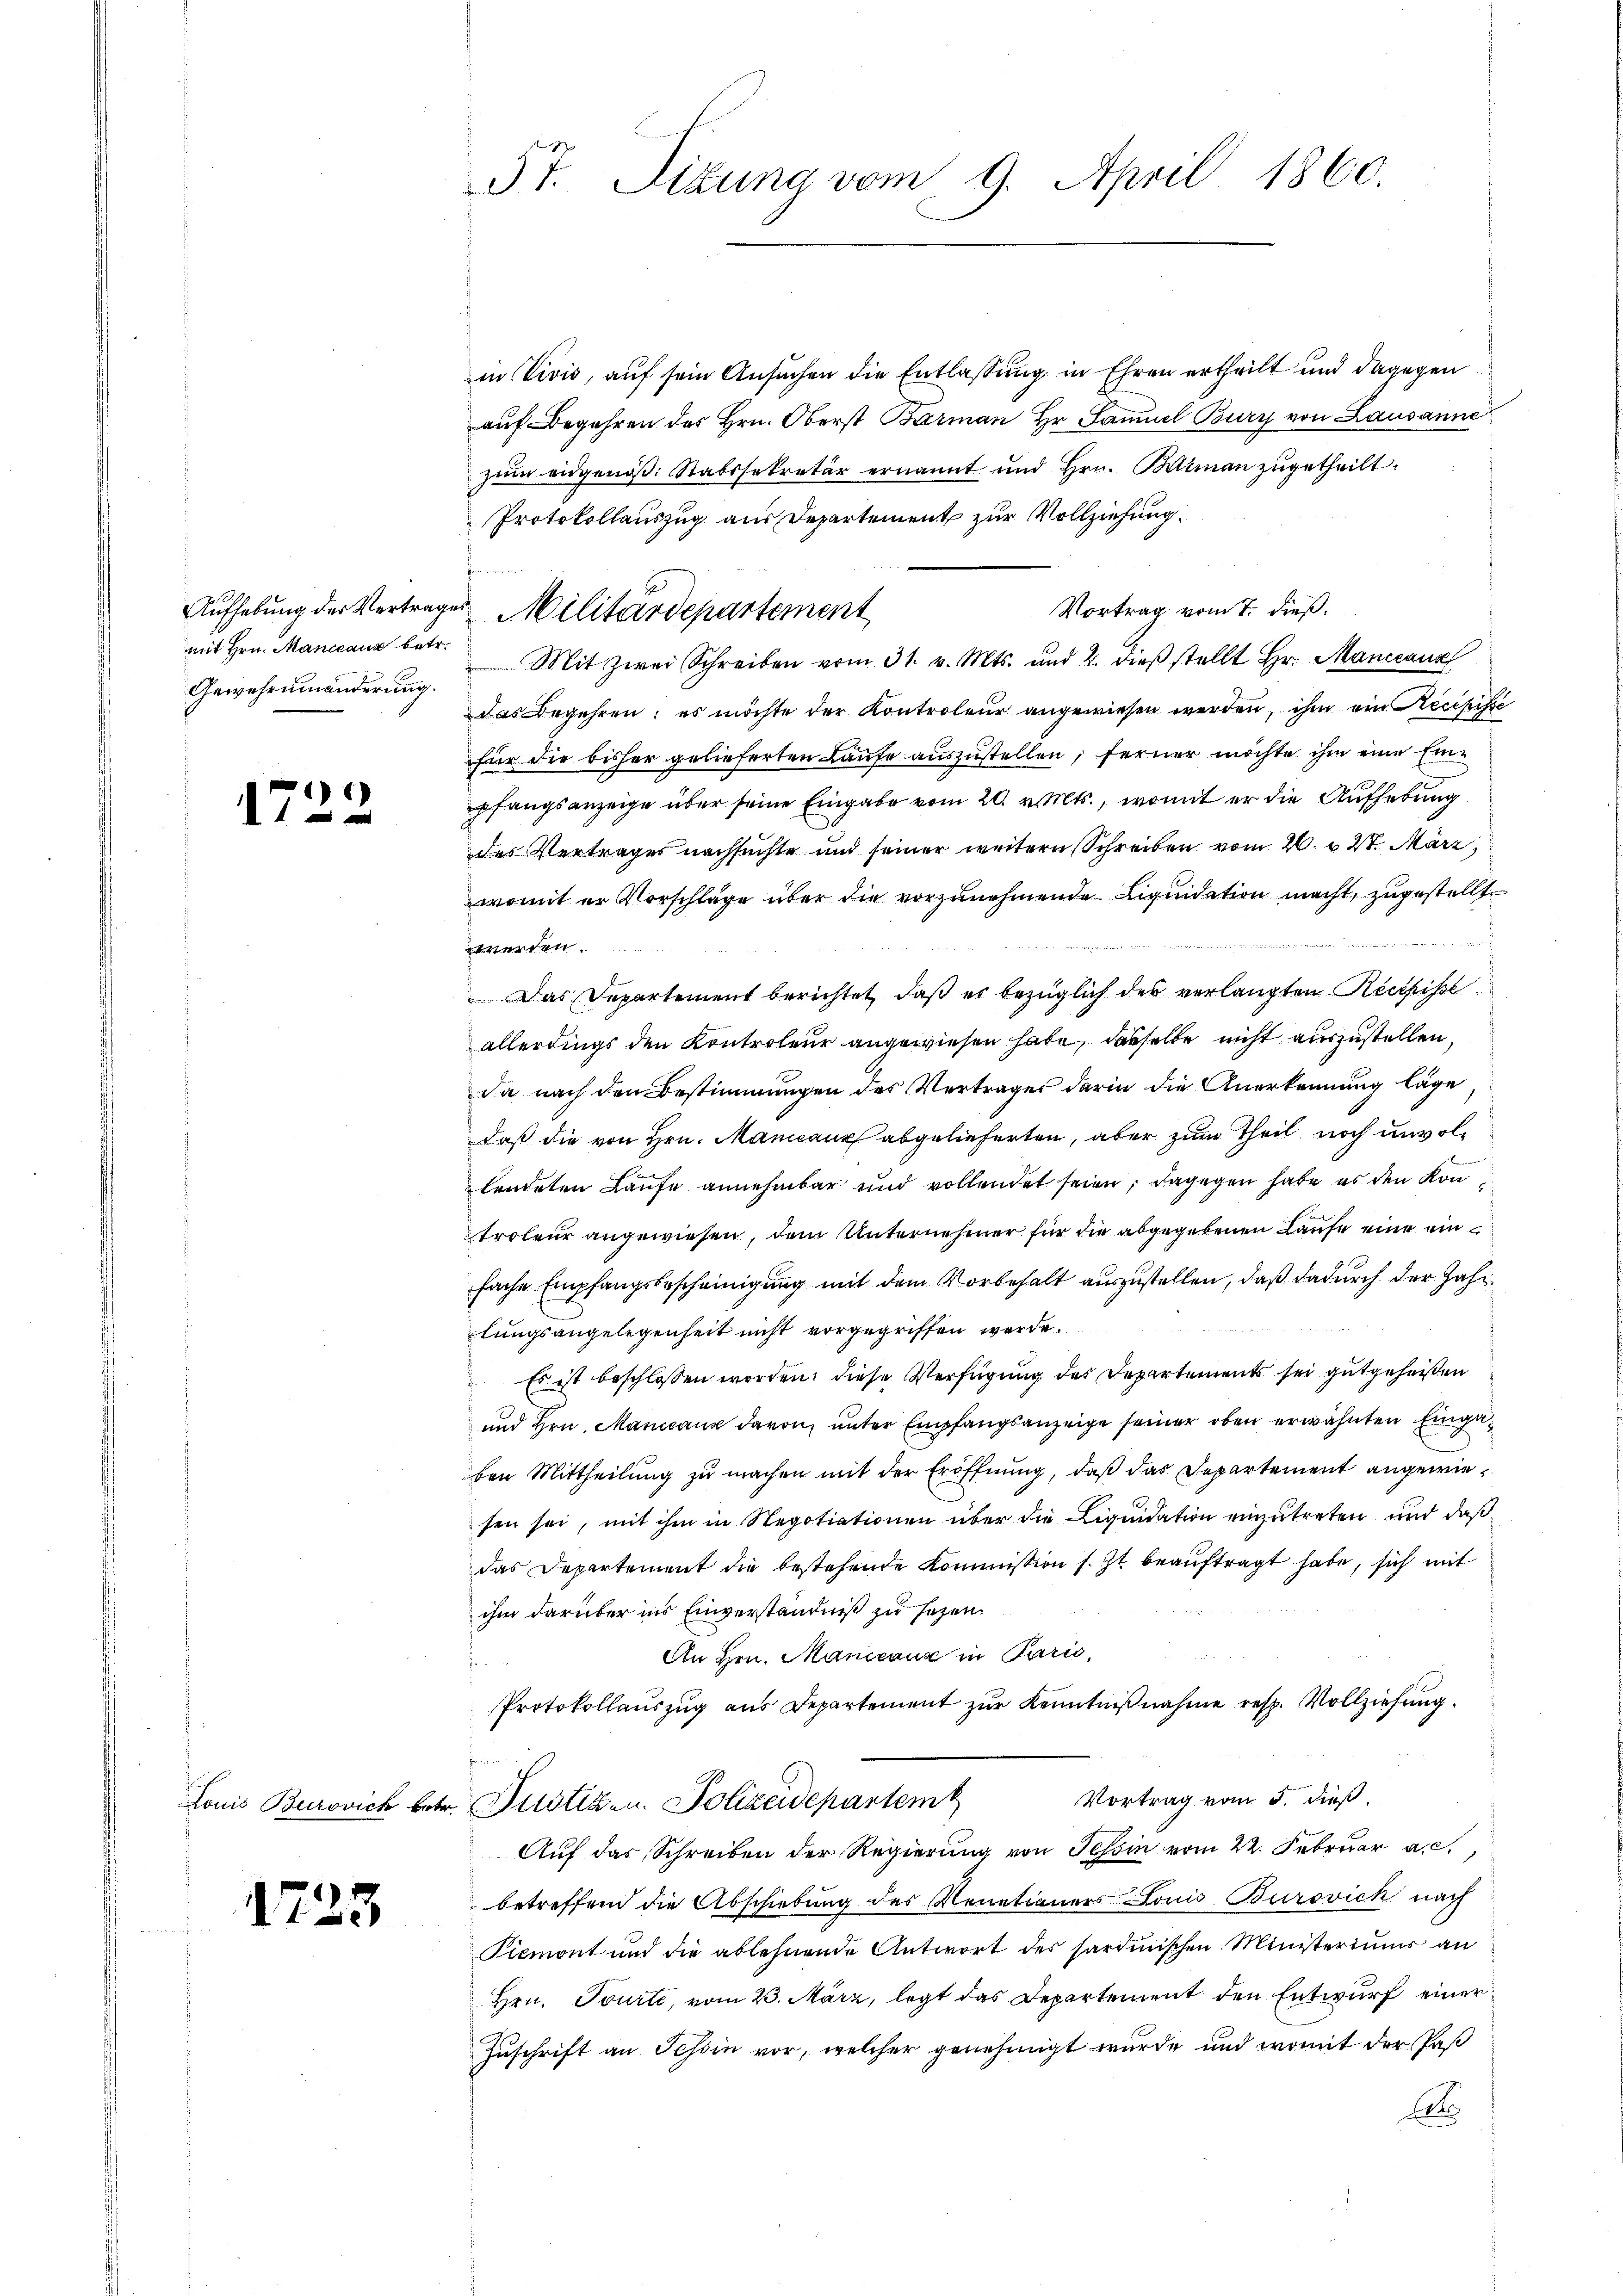
mit Hrn. Manccauz betr.
Gewehreinanderung.

e
1 f 0 x

1723

5t. Sitŭng vom 9. April 1860.

in Vivis, auf sein Ansuchen die Entlassung in Ehren ertheilt und dagegen
auf Begehren des Hrn. Oberst Barman Hr. Samuel Bury von Lausanne
zum eidgenöß: Stabssekretär ernannt und Hrn. Bisman zugetheilt.
Protokollauszug aus Departement zur Vollziehung.
Vortrag vom 7. dieß.
Mit zwei Schreiben vom 31. v. Mts. und 2. dieβ stellt Hr. Manicauz
das Begehren; es möchte der Kontroleur angewiesen werden, ihm ein Recepisse
für die bisher gelieferten Laufe auszustellen; ferner möchte ihm eine Einpfangsanzeige über seine Eingabe vom 20. v. Mts., womit er die Aufhebung
des Vertrages nachsuchte und seiner weitern Schreiben vom 26. v. 27. März
womit er Vorschläge über die vorzunehmende Liquidation macht, zugestellt.
. 1873
werden.
Das Departement berichtet, daß es bezüglich des verlangten Recepisse
allerdings den Kontroleur angewiesen habe, dasselbe nicht auszustellen,
da nach den Bestimmungen des Vertrages darin die Anerkennung läge,
daß die von Hrn. Mancanz abgelieferten, aber zum Theil noch unvollendeten Laufe annehmbar und vollendet seien; dagegen habe es den Konroleur angewiesen, dem Unternehmer für die abgegebenen Laufe eine einfache Empfangsbescheinigung mit dem Vorbehalt auszustellen, daß dadurch der Jahr
lungsangelegenheit nicht vorgegriffen werde.
Es ist beschlossen worden; diese Verfügung des Departements sei gutgeheißen
und Hrn. Mancanz davon, unter Empfangsanzeige seiner oben erwähnten Eingaben Mittheilung zu machen mit der Eröffnung, daß das Departement angewiesen sei, mit ihm in Negotiationen über die Liquidation einzutreten und daß
das Departement die bestehende Kommission s. Zt. beauftragt habe, sich mit
ihm darüber ins Einverständniß zu sehen.
An Hrn. Manicauz in Parić,
Protokollaŭszŭg ans Departement zŭr Kenntniβnahme resp. Vollziehŭng.
Vortrag vom 5. dieß.
Louis Burovich betr. Pustiz- u. Polizeidepartem
Auf das Schreiben der Regierung von Tessin vom 22. Februar a. c.,
betreffend die Abschiebung des Venetianers Louis Burovich nach
Piemont und die ablehnende Antwort des sardinischen Ministeriums an
Hrn. Tourte, vom 23. März, legt das Departement den Entwurf einer
Zuschrift an Teßin vor, welcher genehmigt wurde und womit der Paß
A

Aufhebung der Vertrages Militärdepartement